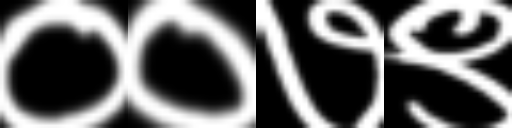
Text: ००७९